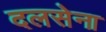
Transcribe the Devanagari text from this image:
दलसेना